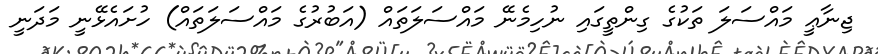
ޖިނާޢީ މައްސަލަ ތަކުގެ ގިންތީގައި ނުހިމެނޭ މައްސަލަތައް (އަބުރުގެ މައްސަލަތައް) ހުށައެޅޭނީ މަދަނީ